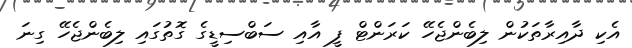
އެކި ދާއިރާތަކުން ލިބެންޖެހޭ ކަރަންޓް ފީ އާއި ސަބްސިޑީގެ ގޮތުގައި ލިބެންޖެހޭ ގިނަ